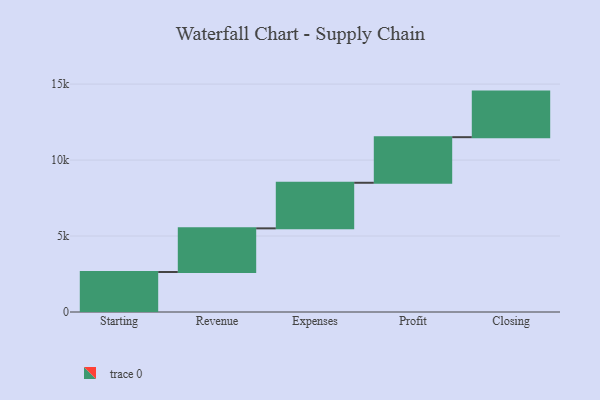
{"axis": {"x": "Step", "y": "Value"}, "legend": [""], "data": [{"x": "Starting", "y": 2631.0, "type": ""}, {"x": "Revenue", "y": 2874.0, "type": ""}, {"x": "Expenses", "y": 3000, "type": ""}, {"x": "Profit", "y": 3000, "type": ""}, {"x": "Closing", "y": 3000, "type": ""}]}